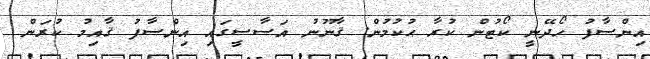
އިންސާފު ހޯދޭނީ ކޯޓުން ކުރާ ޙުކުމުން. ޤާނޫނު އަސާސީގައި އިންސާފު ޤާއިމު ކުރަން